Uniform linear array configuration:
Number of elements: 48
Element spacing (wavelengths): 0.75
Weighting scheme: binomial
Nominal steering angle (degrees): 30
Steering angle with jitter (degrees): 28.005
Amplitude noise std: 0.05
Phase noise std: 0.05

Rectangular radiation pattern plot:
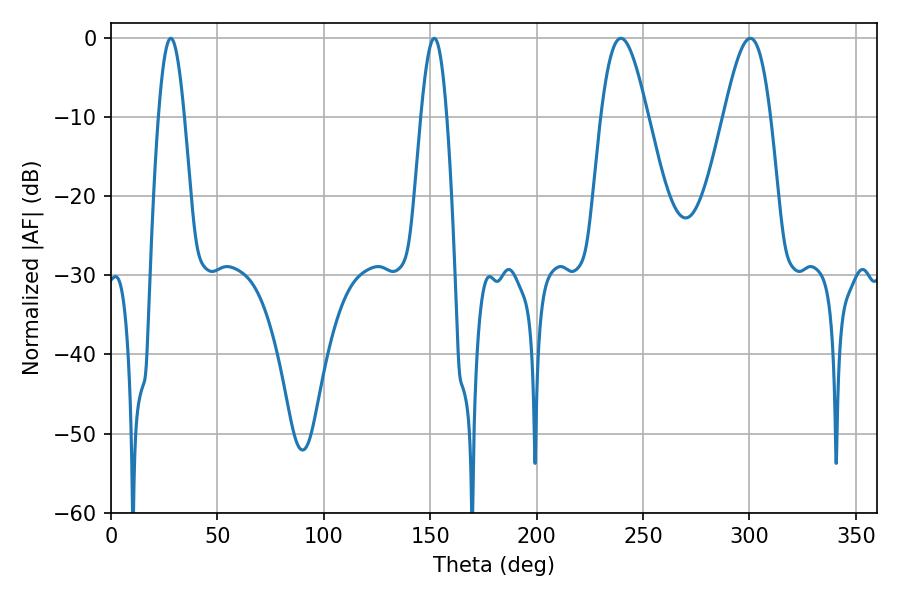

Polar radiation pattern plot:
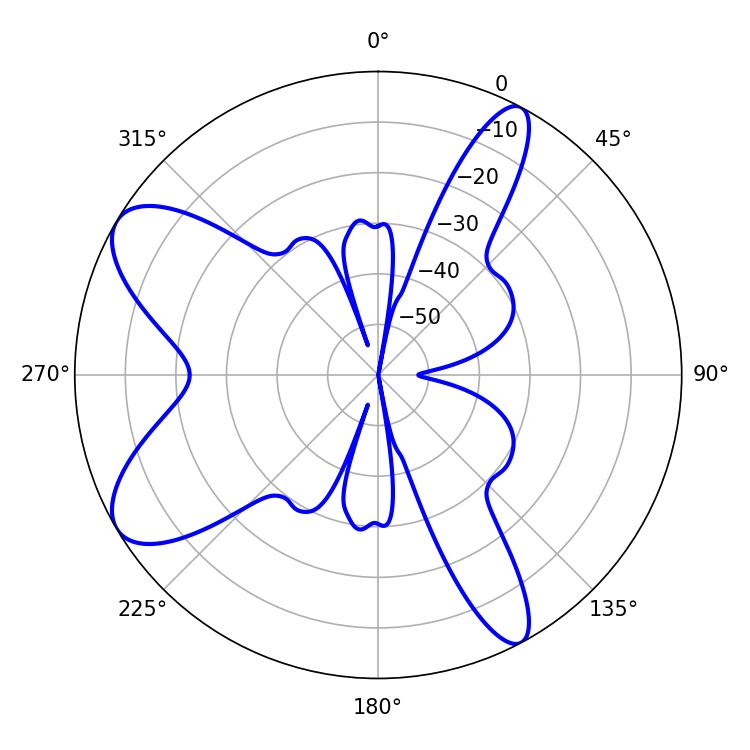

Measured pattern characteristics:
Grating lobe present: TRUE
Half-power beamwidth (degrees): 11.7
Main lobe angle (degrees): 239.58